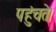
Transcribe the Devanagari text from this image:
पहुंचते।